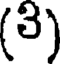
(3)